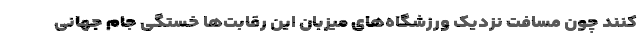
کنند چون مسافت نزدیک ورزشگاه‌های میزبان این رقابت‌ها خستگی جام جهانی